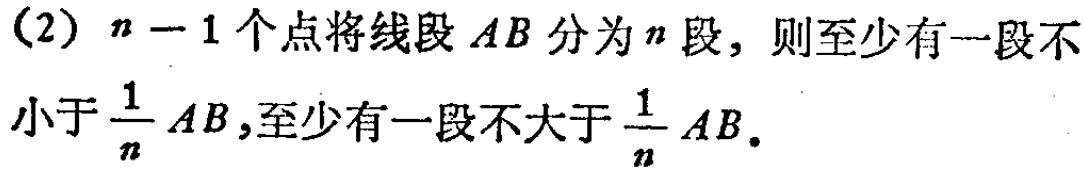
(2) \(n - 1\)个点将线段\(AB\)分为\(n\)段，则至少有一段不小于\(\frac{1}{n}AB\)，至少有一段不大于\(\frac{1}{n}AB\)。